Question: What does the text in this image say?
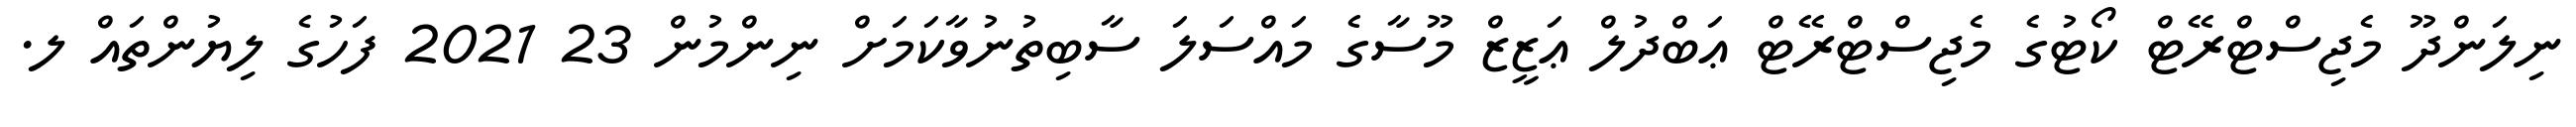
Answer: ނިލަންދޫ މެޖިސްޓްރޭޓް ކޯޓުގެ މެޖިސްޓްރޭޓް ޢަބްދުލް ޢަޒީޒް މޫސާގެ މައްސަލަ ސާބިތުނުވާކަމަށް ނިންމުން 23 2021 ފަހުގެ ލިޔުންތައް ލ.